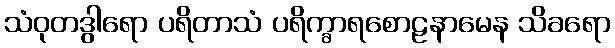
သံဝုတဒွါရော ပရိတာသံ ပရိက္ခာရစောဠနာမေန သိခရော